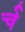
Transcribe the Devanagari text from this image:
र्च